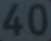
40